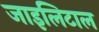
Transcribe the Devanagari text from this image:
जाइलिटाल